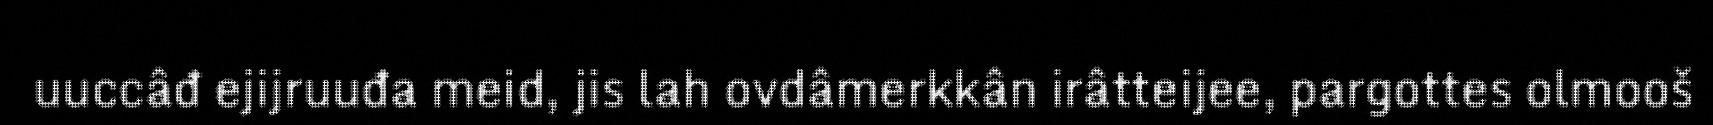
uuccâđ ejijruuđa meid, jis lah ovdâmerkkân irâtteijee, pargottes olmooš